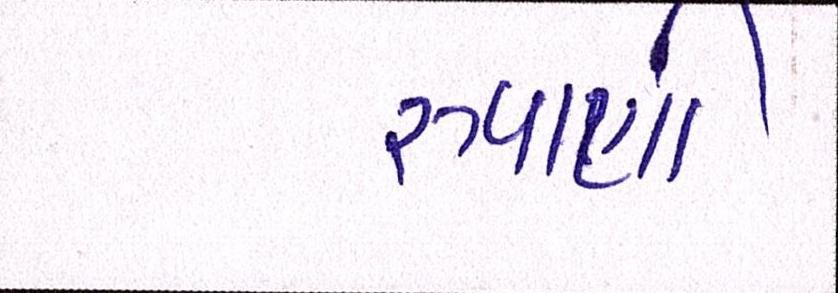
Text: રુપાણી